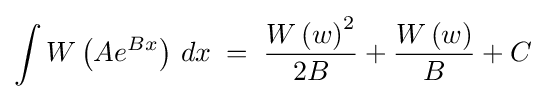
\int W\left(Ae^{Bx}\right)\,dx\;=\;{\frac {W\left(w\right)^{2}}{2B}}+{\frac {W\left(w\right)}{B}}+C